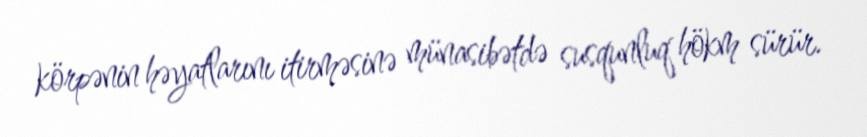
körpənin həyatlarını itirməsinə münasibətdə susqunluq hökm sürür.